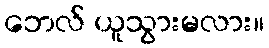
ဘေလ် ယူသွားမလား။